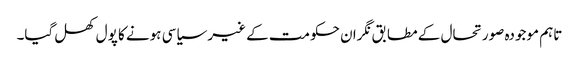
تاہم موجودہ صورتحال کے مطابق نگران حکومت کے غیر سیاسی ہونے کا پول کھل گیا۔